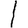
Digit: 1